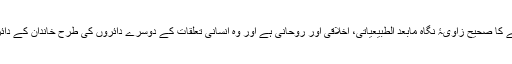
قرآن کے نزدیک دنیوی زندگی کے معاملات کو دیکھنے کا صحیح زاویۂ نگاہ مابعد الطبیعیاتی، اخلاقی اور روحانی ہے اور وہ انسانی تعلقات کے دوسرے دائروں کی طرح خاندان کے دائرے میں بھی اس پہلو کو خاص طور پر اجاگر کرتا ہے۔